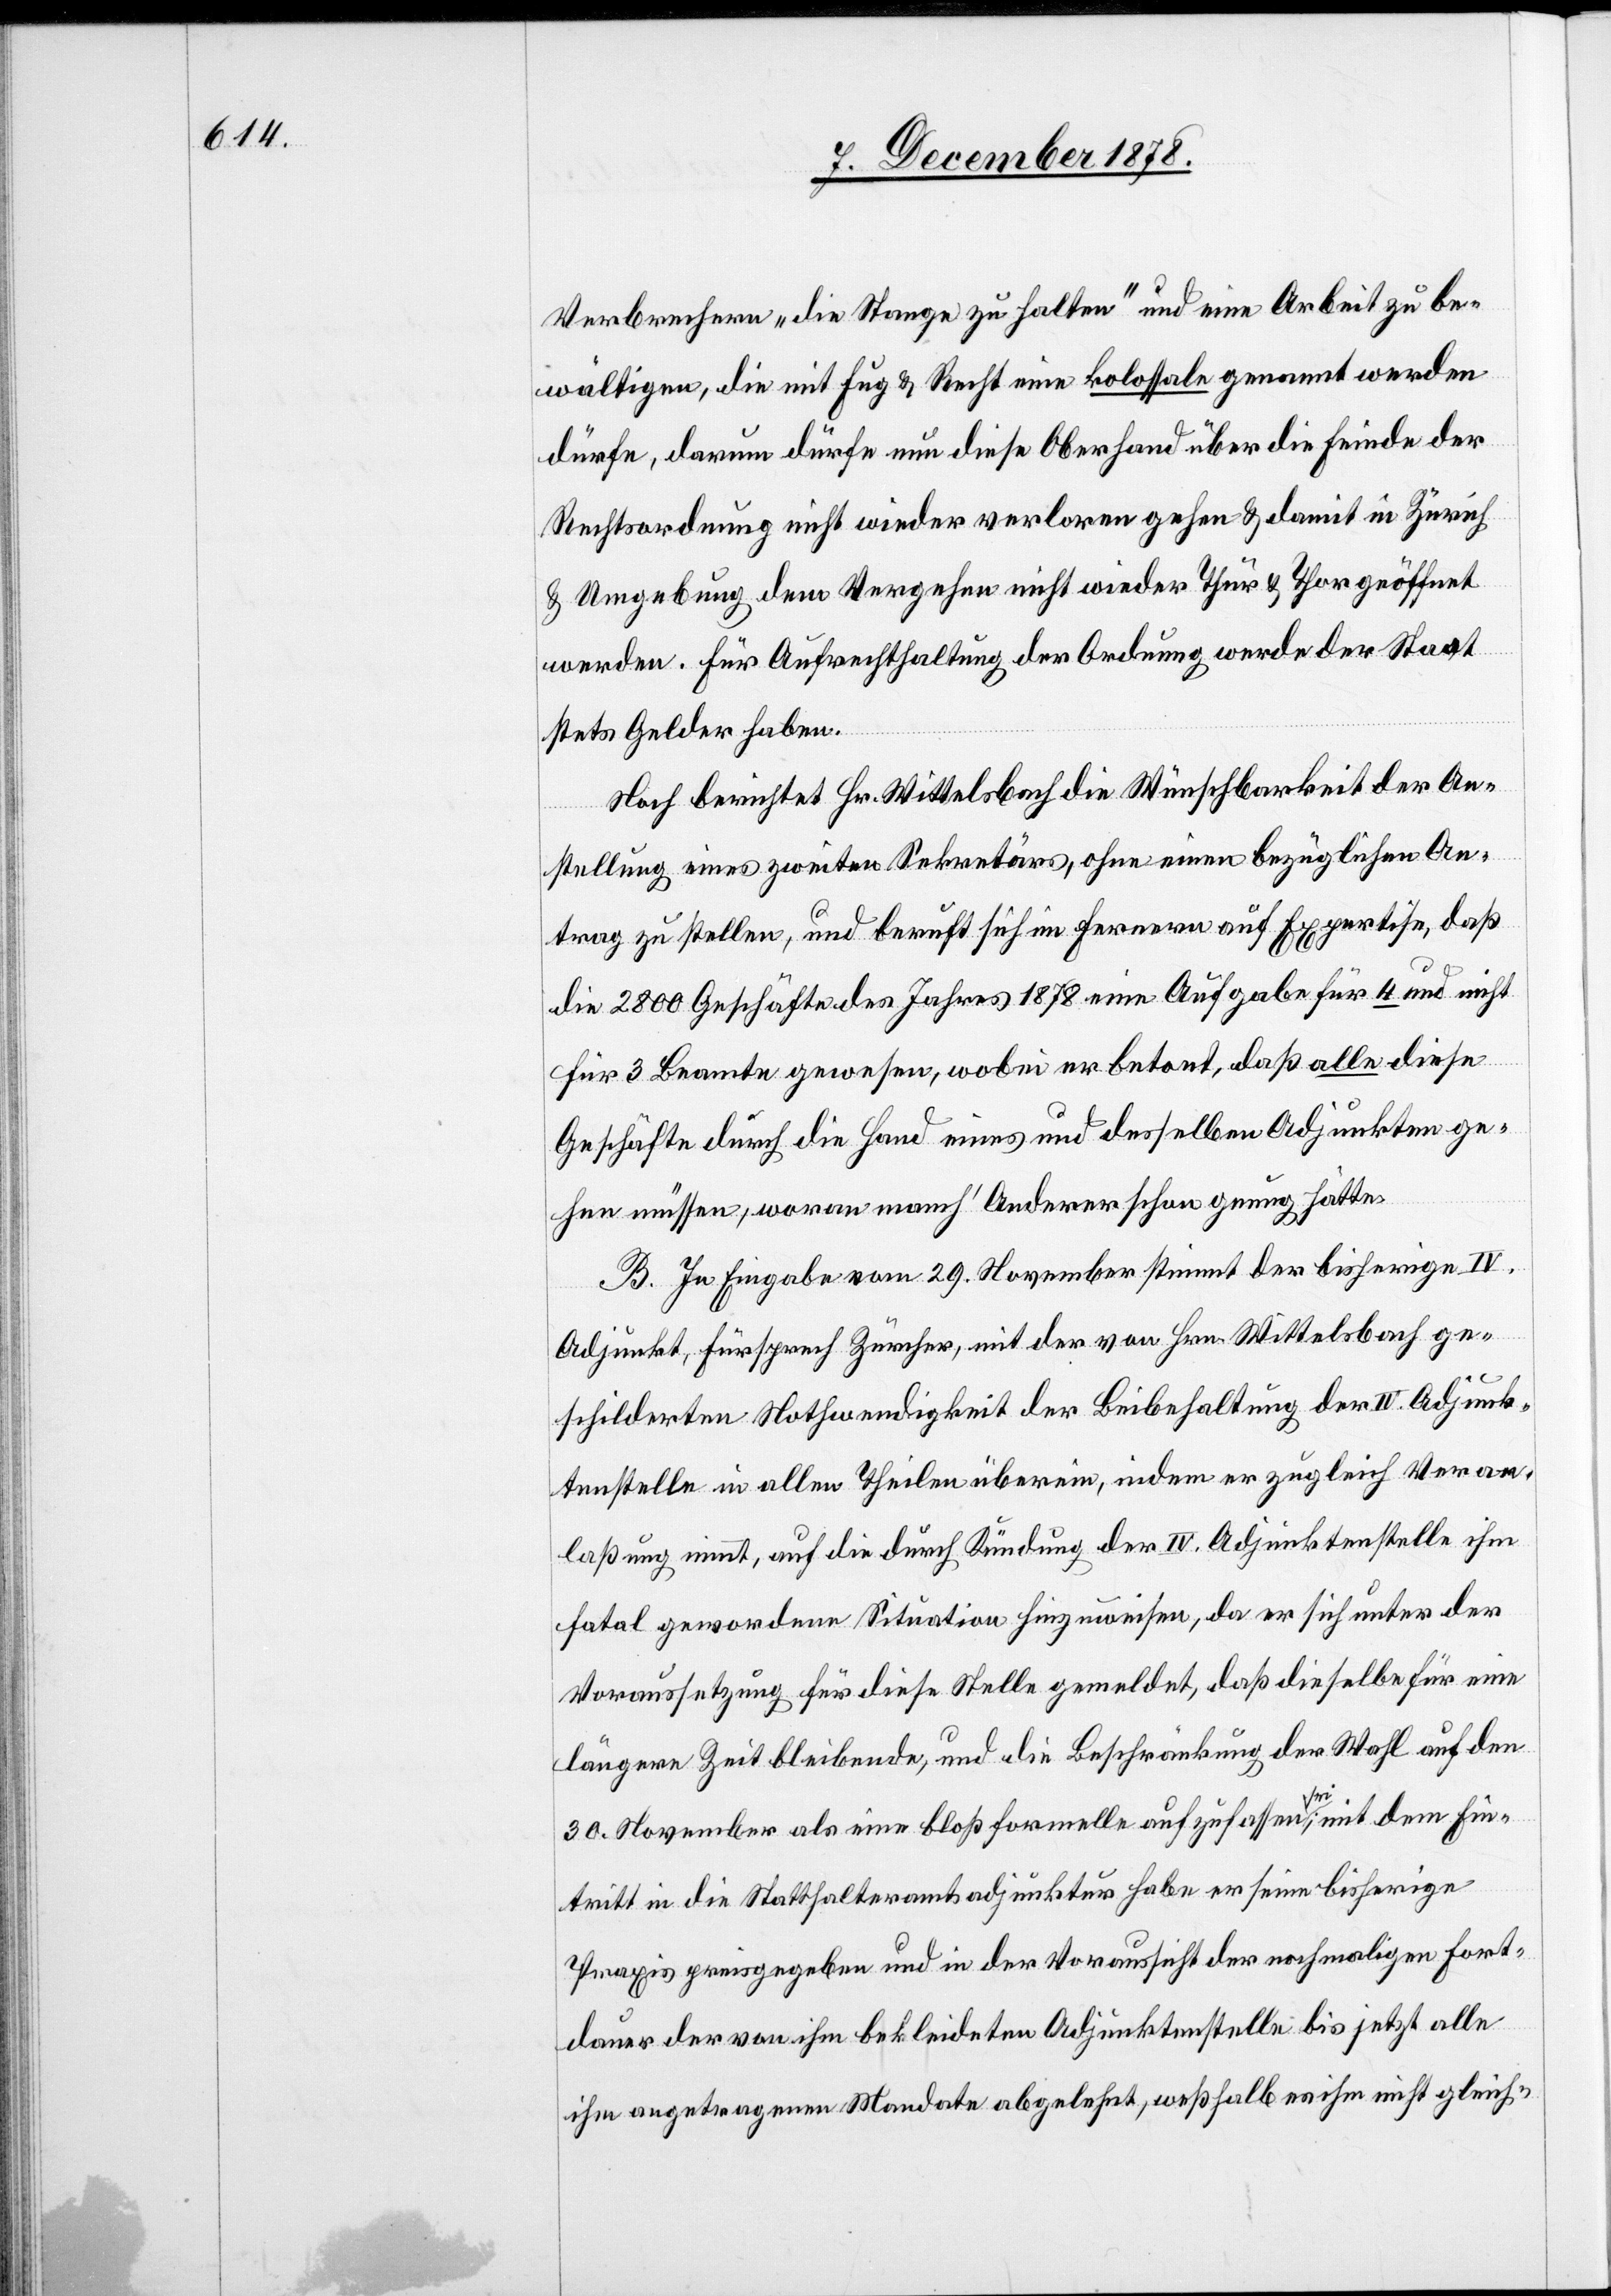
Verbrechern „die Stange zu halten“ und eine Arbeit zu be¬
wältigen, die mit Fug & Recht eine kolossale genannt werden
dürfe, darum dürfe nun diese Oberhand über die Feinde der
Rechtsordnung nicht wieder verloren gehen & damit in Zürich
& Umgebung dem Vergehen nicht wieder Thür & Thor geöffnet
werden. Für Aufrechthaltung der Ordnung werde der Staat
stets Gelder haben.
Noch berichtet Hr. Wittelsbach die Wünschbarkeit der An¬
stellung eines zweiten Sekretärs, ohne einen bezüglichen An¬
trag zu stellen, und beruft sich im Ferneren auf Expertise, daß
die 2800 Geschäfte des Jahres 1878 eine Aufgabe für 4 und nicht
für 3 Beamte gewesen, wobei er betont, daß alle diese
Geschäfte durch die Hand eines und denselben Adjunkten ge¬
hen müssen, woran manch’ Anderer schon genug hätte.
B. In Eingabe vom 29. November stimmt der bisherige IV.
Adjunkt, Fürsprech Zürcher, mit der von Hrn. Wittelsbach ge¬
schilderten Nothwendigkeit der Beibehaltung der IV. Adjunk¬
tenstelle in allen Theilen überein, indem er zugleich Veran¬
laßung nimmt, auf die durch Kündung der IV. Adjunktenstelle ihm
total gewordenen Situation hinzuweisen, da er sich unter der
Voraussetzung für diese Stelle gemeldet, daß dieselbe für eine
längere Zeit bleibende, und die Beschränkung der Wahl auf den
30. November als eine bloß formelle aufzufassen sei, mit dem Ein¬
tritt in die Statthalteramtsadjuktur habe er seine bisherige
Praxis preisgegeben und in der Voraussicht der nochmaligen Fort¬
dauer der von ihm bekleideten Adjunktenstelle bis jetzt alle
ihm angetragenen Mandate abgelehnt, weßhalb es ihm nicht gleich-